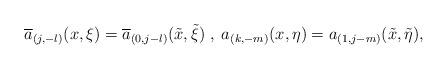
LaTeX: \begin{align*}\overline{a}_{(j,-l)}(x,\xi)=\overline{a}_{(0,j-l)}(\tilde{x},\tilde{\xi})\;,\;a_{(k,-m)}(x,\eta)=a_{(1,j-m)}(\tilde{x},\tilde{\eta}),\end{align*}